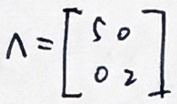
$\lambda = \begin{bmatrix} 5 & 0 \\ 0 & 2 \end{bmatrix}$